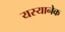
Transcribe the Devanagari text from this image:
यस्यानेक